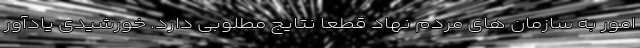
امور به سازمان های مردم نهاد قطعا نتایج مطلوبی دارد. خورشیدی یادآور